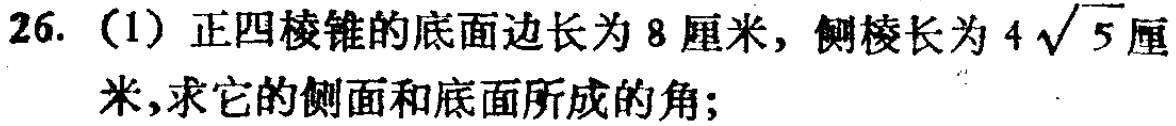
26.（1）正四棱锥的底面边长为8厘米，侧棱长为\(4\sqrt{5}\)厘米，求它的侧面和底面所成的角；